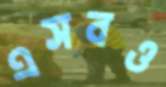
এসবও